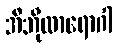
အီဘိုလာရောဂါ